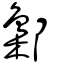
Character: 郻